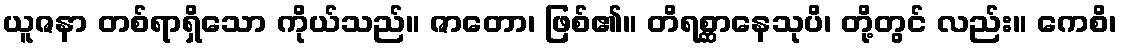
ယူဇနာ တစ်ရာရှိသော ကိုယ်သည်။ ဇာတော၊ ဖြစ်၏။ တိရစ္ဆာနေသုပိ၊ တို့တွင် လည်း။ ကေစိ၊